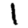
Digit: 1